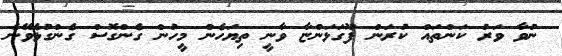
ނުވާ ވަރު ކަންތައް ކުރަން ފޫގަޅަންޏާ ވާނީ ތިޔަހެން މީހުން ގެންގޮސް ގެންގުޅެވޭނެ